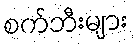
စက်ဘီးများ